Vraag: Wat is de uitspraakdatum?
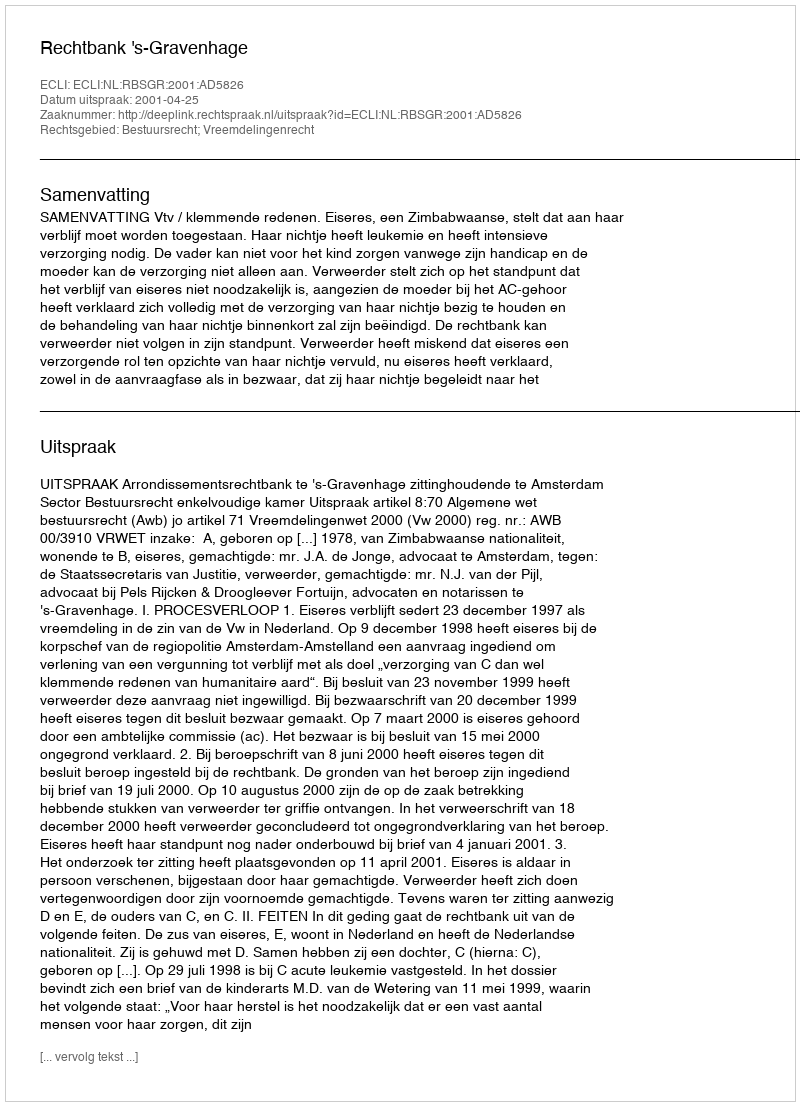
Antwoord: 2001-04-25